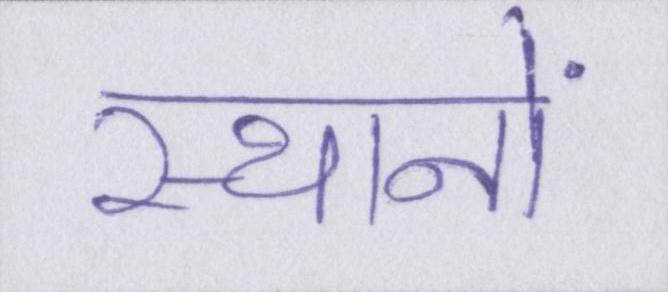
स्थानों